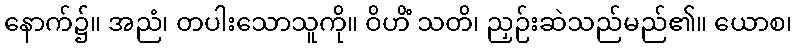
နောက်၌။ အညံ၊ တပါးသောသူကို။ ဝိဟိံ သတိ၊ ညှဉ်းဆဲသည်မည်၏။ ယောစ၊